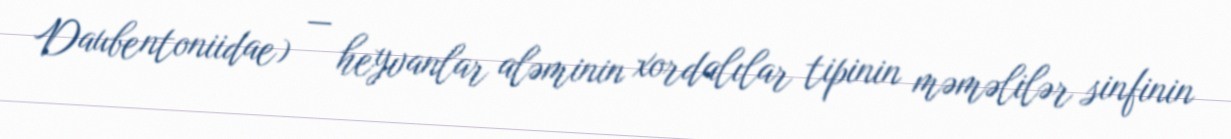
Daubentoniidae) — heyvanlar aləminin xordalılar tipinin məməlilər sinfinin